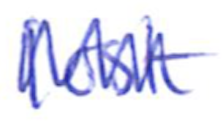
Text: lost
Cross-out: zig-zag
Writing tool: ballpoint